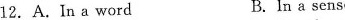
12.A.In a word B.In a sense